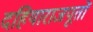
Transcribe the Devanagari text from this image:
दहियाराजपूतों